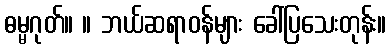
ဓမ္မဂုတ်။ ။ ဘယ်ဆရာဝန်များ ခေါ်ပြသေးတုန်း။